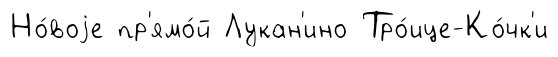
Но́воjе пр'ямо́й Лукан'ино Тро́ице-Ко́чк'и